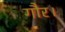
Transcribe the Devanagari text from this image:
गौर।